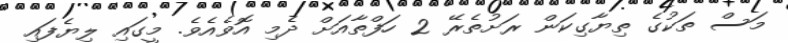
މަސް ތަކުގެ ތިޔާގިކަން ރަށުތެރޭ 2 ހަފްތާއަށް ދެމި އޮވެއެވެ. މީގައި ލިޔެފައި